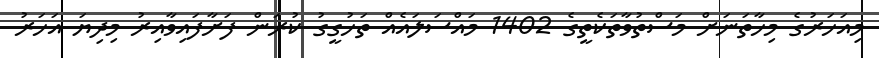
މިއަހަރުގެ މިހާތަނަށް މަސްތުވާތަކެތީގެ 1402 މައްސަލައެއް ތަހުގީގު ކުރަން ފަށާފައިވާއިރު މިދިޔަ އަހަރު